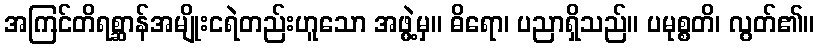
အကြင်တိရစ္ဆာန်အမျိုးငရဲတည်းဟူသော အဖွဲ့မှ။ ဓိရော၊ ပညာရှိသည်။ ပမုစ္စတိ၊ လွတ်၏။